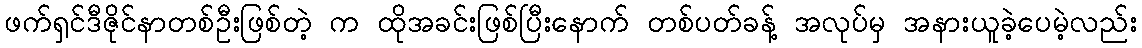
ဖက်ရှင်ဒီဇိုင်နာတစ်ဦးဖြစ်တဲ့ က ထိုအခင်းဖြစ်ပြီးနောက် တစ်ပတ်ခန့် အလုပ်မှ အနားယူခဲ့ပေမဲ့လည်း